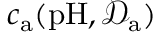
c _ { \mathrm { a } } ( \mathrm { p H } , \mathcal { D } _ { \mathrm { a } } )